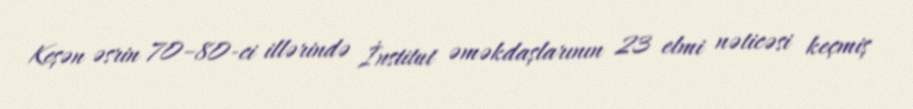
Keşən əsrin 70–80-ci illərində İnstitut əməkdaşlarının 23 elmi nəticəsi keçmiş